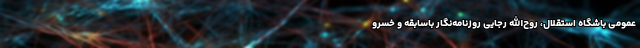
عمومی باشگاه استقلال، روح‌الله رجایی روزنامه‌نگار باسابقه و خسرو